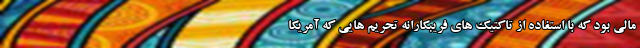
مالی بود که با استفاده از تاکتیک های فریبکارانه تحریم هایی که آمریکا